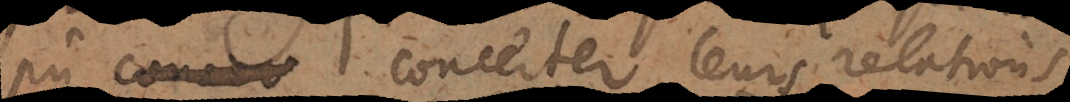
pu concerter leurs relations